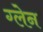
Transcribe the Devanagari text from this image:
ग्‍लेन